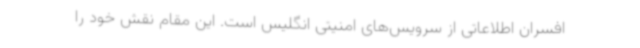
افسران اطلاعاتی از سرویس‌های امنیتی انگلیس است. این مقام نقش خود را